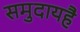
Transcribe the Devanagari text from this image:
समुदायहै